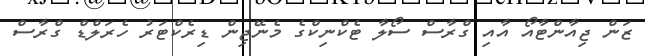
ޒަން ޖިއާންޓާއޯ އާއި ގްރާސް ސޯލާ ޓެކްނިކްގެ މެނޭޖިން ޑިރެކްޓަރު ހެރަލްޑް ގްރާސް